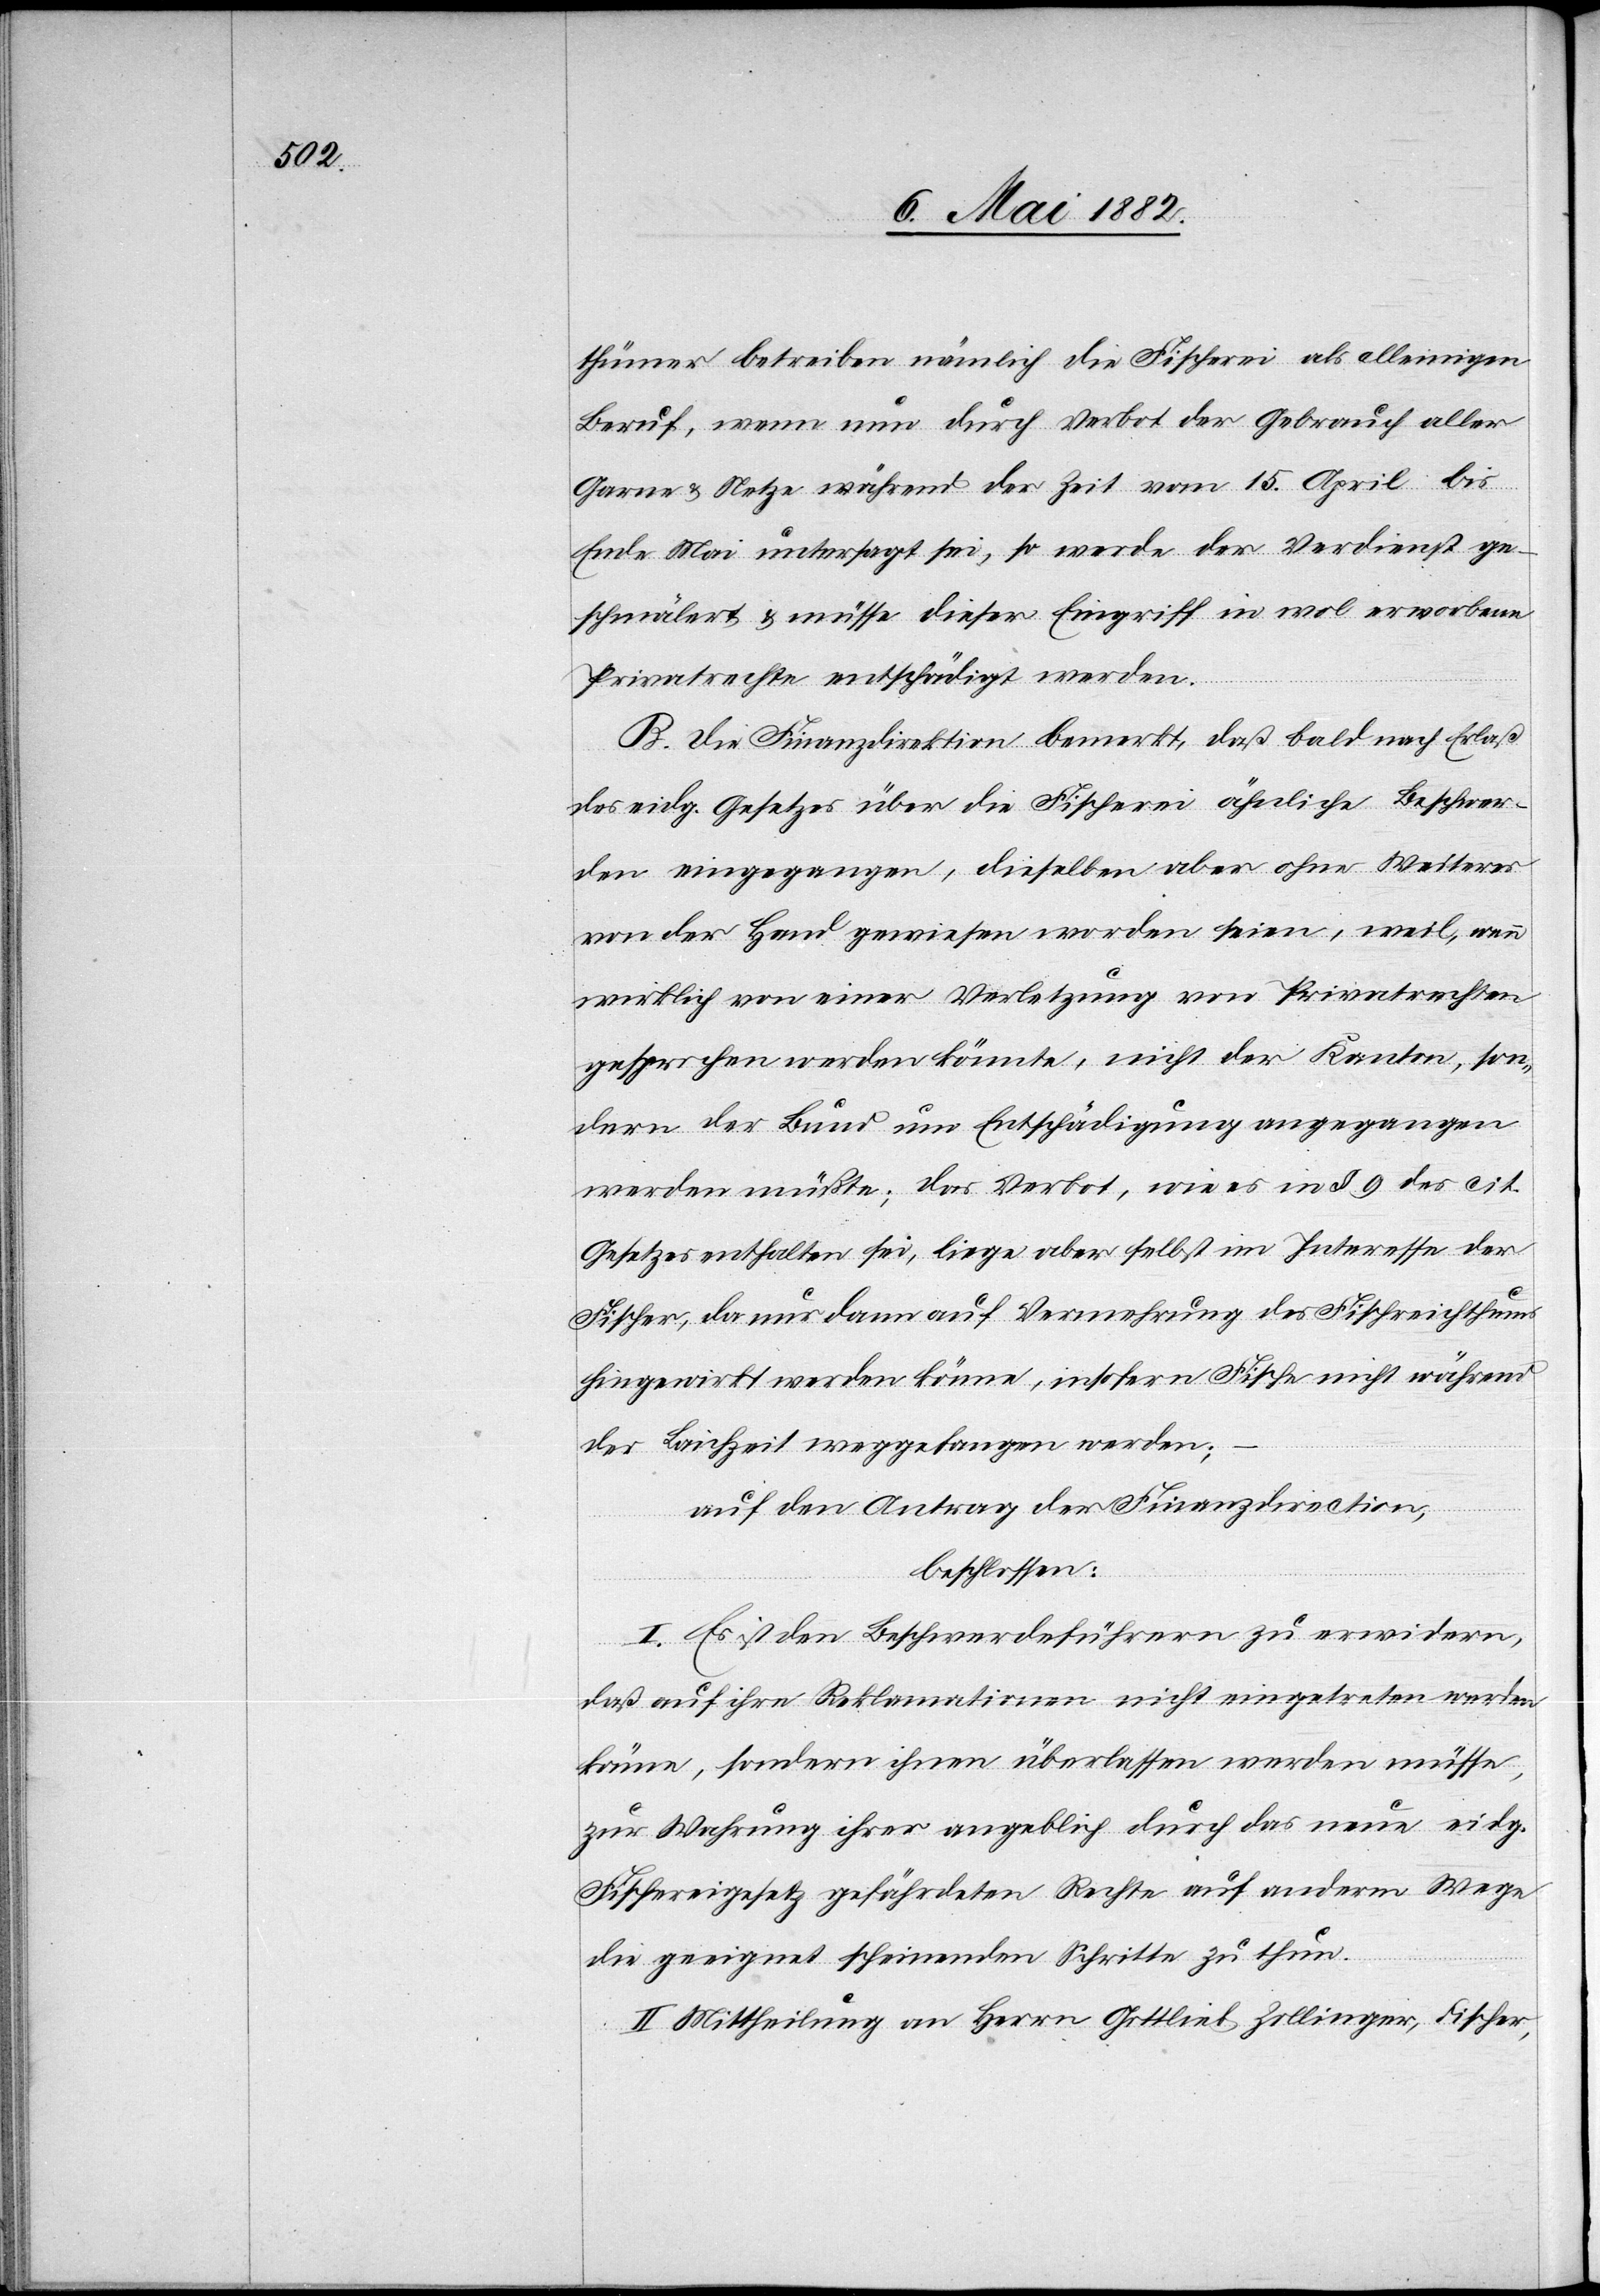
thümer betreiben nämlich die Fischerei als alleinigen
Beruf, wenn nun durch Verbot der Gebrauch aller
Garne & Netze während der Zeit vom 15. April bis
Ende Mai untersagt sei, so werde der Verdienst ge¬
schmälert & müsse dieser Eingriff in wol erworbene
Privatrechte entschädigt werden.
B. Die Finanzdirektion bemerkt, daß bald nach Erlaß
des eidg. Gesetzes über die Fischerei ähnliche Beschwer¬
den eingegangen, dieselben aber ohne Weiteres
von der Hand gewiesen worden seien, weil, wenn
wirklich von einer Verletzung von Privatrechten
gesprochen werden könnte, nicht der Kanton, son¬
dern der Bund um Entschädigung angegangen
werden müßte; das Verbot, wie es in § 9 des cit.
Gesetzes enthalten sei, liege aber selbst im Interesse der
Fischer, da nur dann auf Vermehrung des Fischreichthums
hingewirkt werden könne, insofern Fische nicht während
der Laichzeit weggefangen werden;
auf den Antrag der Finanzdirection,
beschlossen:
I. Es ist den Beschwerdeführern zu erwidern,
daß auf ihre Reklamation nicht eingetreten werden
könne, sondern ihnen überlassen werden müsse,
zur Wahrung ihrer angeblich durch das neue eidg.
Fischereigesetz gefährdeten Rechte auf anderem Wege
die geeignet scheinenden Schritte zu thun.
II. Mittheilung an Herrn Gottlieb Zollinger, Fischer,